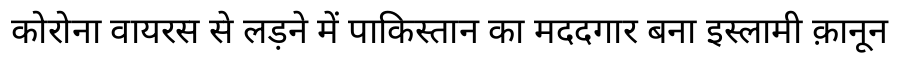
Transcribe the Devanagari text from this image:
कोरोना वायरस से लड़ने में पाकिस्तान का मददगार बना इस्लामी क़ानून